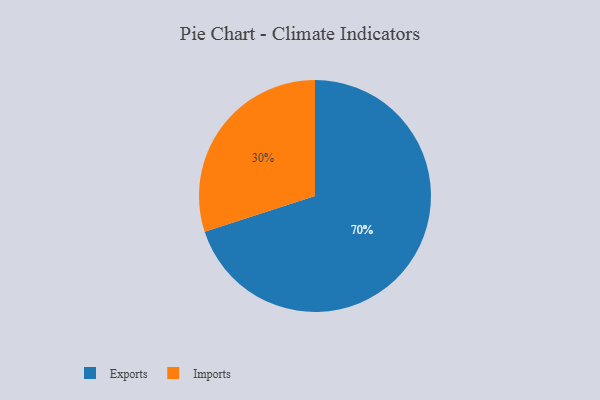
{"axis": {"x": "Category", "y": "Percentage"}, "legend": ["Exports", "Imports"], "data": [{"x": "Exports", "y": 70, "type": "Exports"}, {"x": "Imports", "y": 30, "type": "Imports"}]}